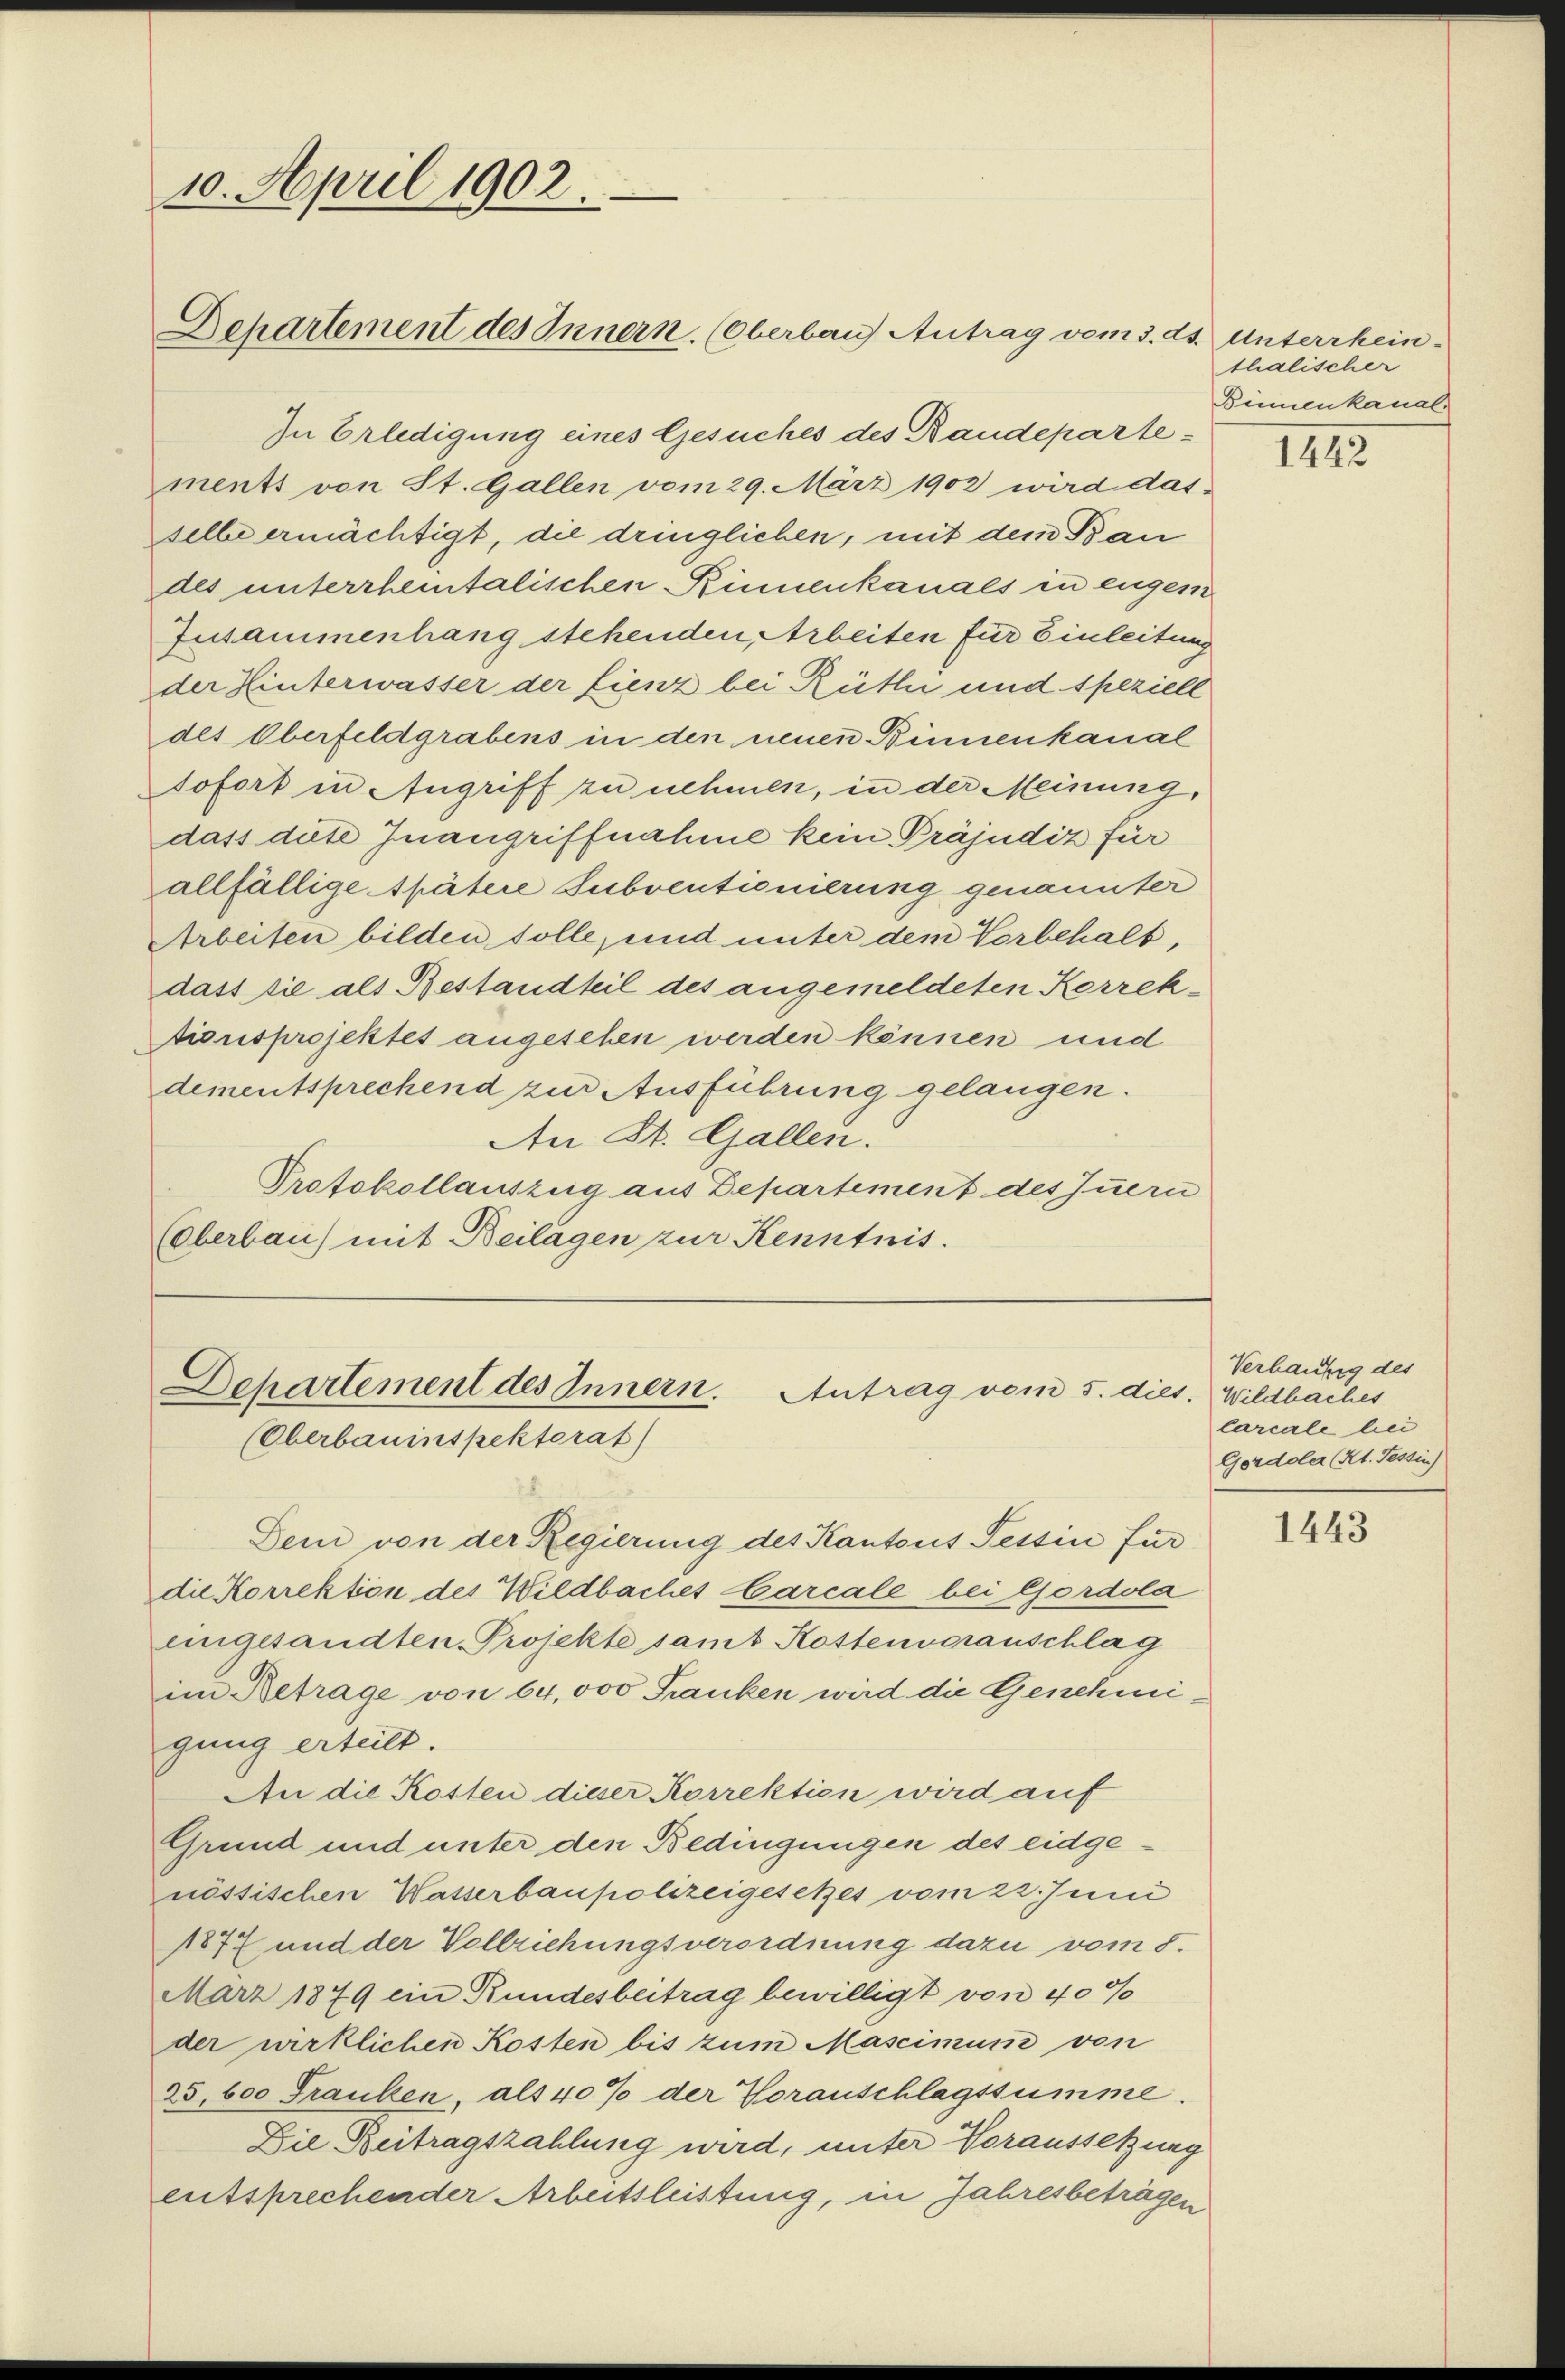
10. April 1902.

In Erledigung eines Gesuches des Baudepartements von St. Gallen vom 29. März 1902 wird das-
selbe ermächtigt, die dringlichen, mit dem Bau
des unterrhentalischen Rinnenkanals in Eugen
Zusammenhang stehenden Arbeiten für Einleitung
der Hinterwasser der Lienz bei Rütli und speziell
des Oberfeldgrabens in den neuen Binnenkanal
sofort in Angriff zu nehmen, in der Meinung,
dass diese Inangriffnahme kein Präjudiz für
allfällige spätere Subventionierung genannter
Arbeiten bilden solle, und unter dem Vorbehalt,
dass sie als Bestandteil des angemeldeten Korrektionsprojektes angesehen werden können und
dementsprechend zur Ausführung gelangen.
An St. Gallen.
Protokollauszug aus Departement des zuern
(Oberbau) mit Beilagen zur Kenntnis.

Departement des Innern. (Oberbau Antrag vom 3. ds. Unterrhein

Dehartement des Innern. Antrag vom 5. dies
(Oberbauinspektorat)

Dem von der Regierung des Kantons Tessin für
die Korrektion des Wildbaches Carcale bei Gordola
eingesandten Projekte samt Kostenvoranschlag
im Betrage von 64,000 Franken wird die Genehmigung erteilt.
An die Kosten dieser Korrektion wird auf
Grund und unter den Bedingungen des eidgenössischen Wasserbaupolizeigesetzes vom 22. Juni
1877 und der Vollziehungsverordnung dazu vom 5.
März 1879 ein Rundesbeitrag bewilligt von 40%
der wirklichen Kosten bis zum Mascimum von
25,600 Franken, als 40% der Voranschlagssumme.
Die Beitragszahlung wird, unter Voraussetzung
entsprechender Arbeitsleistung, in Jahresbeträgen

thalischer
Binnenkanal-

1442

Verhäufig des
1. Wildbaches
Carcale bei
Gordoler (Kt. Tessin

1443